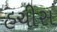
હચીસ